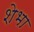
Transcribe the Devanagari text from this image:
शेभा